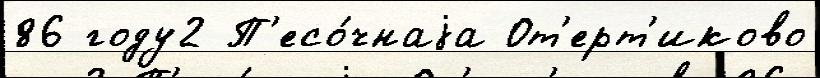
86 году2 П'есо́чнаjа От'ерт'иково